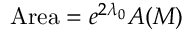
\mathrm { A r e a } = e ^ { 2 \lambda _ { 0 } } A ( { \cal M } )